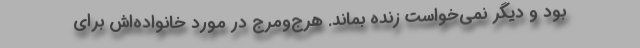
بود و دیگر نمی‌خواست زنده بماند. هرج‌ومرج در مورد خانواده‌اش برای